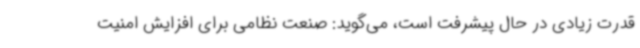
قدرت زیادی در حال پیشرفت است، می‌گوید: صنعت نظامی برای افزایش امنیت